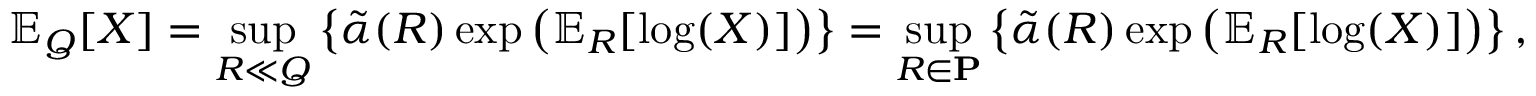
\operatorname { \mathbb { E } } _ { Q } [ X ] = \operatorname* { s u p } _ { R \ll Q } \left\{ \tilde { \alpha } ( R ) \exp \left( \operatorname { \mathbb { E } } _ { R } [ \log ( X ) ] \right) \right\} = \operatorname* { s u p } _ { R \in \mathbf { P } } \left\{ \tilde { \alpha } ( R ) \exp \left( \operatorname { \mathbb { E } } _ { R } [ \log ( X ) ] \right) \right\} ,